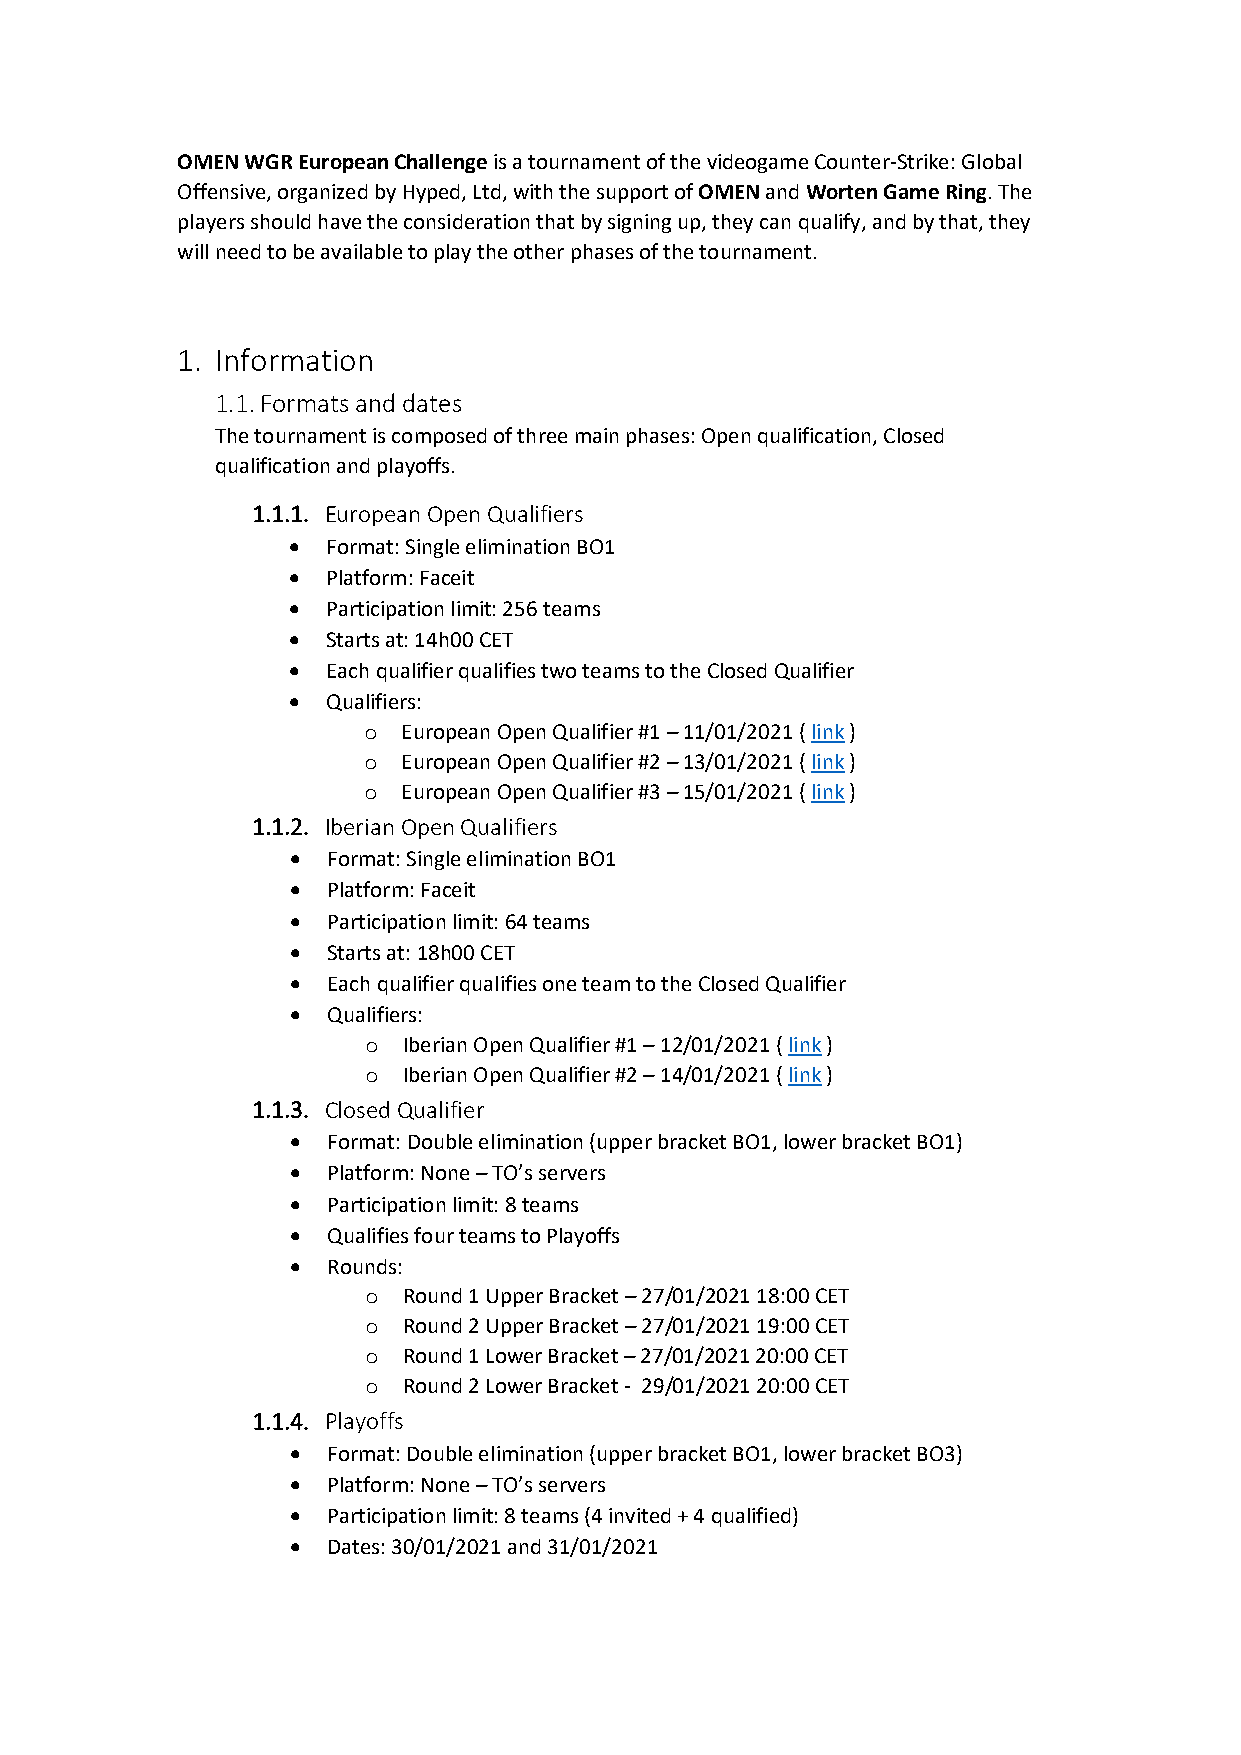
OMEN WGR European Challenge is a tournament of the videogame Counter-Strike: Global
 Offensive, organized by Hyped, Ltd, with the support of OMEN and Worten Game Ring. The
 players should have the consideration that by signing up, they can qualify, and by that, they
 will need to be available to play the other phases of the tournament.
 1. Information
 1.1. Formats and dates
 The tournament is composed of three main phases: Open qualification, Closed
 qualification and playoffs.
 1.1.1. European Open Qualifiers
 •  Format: Single elimination BO1
 •  Platform: Faceit
 •  Participation limit: 256 teams
 •  Starts at: 14h00 CET
 •  Each qualifier qualifies two teams to the Closed Qualifier
 •  Qualifiers:
 o  European Open Qualifier #1 – 11/01/2021 ( link )
 o  European Open Qualifier #2 – 13/01/2021 ( link )
 o  European Open Qualifier #3 – 15/01/2021 ( link )
 1.1.2. Iberian Open Qualifiers
 •  Format: Single elimination BO1
 •  Platform: Faceit
 •  Participation limit: 64 teams
 •  Starts at: 18h00 CET
 •  Each qualifier qualifies one team to the Closed Qualifier
 •  Qualifiers:
 o  Iberian Open Qualifier #1 – 12/01/2021 ( link )
 o  Iberian Open Qualifier #2 – 14/01/2021 ( link )
 1.1.3. Closed Qualifier
 •  Format: Double elimination (upper bracket BO1, lower bracket BO1)
 •  Platform: None – TO’s servers
 •  Participation limit: 8 teams
 •  Qualifies four teams to Playoffs
 •  Rounds:
 o  Round 1 Upper Bracket – 27/01/2021 18:00 CET
 o  Round 2 Upper Bracket – 27/01/2021 19:00 CET
 o  Round 1 Lower Bracket – 27/01/2021 20:00 CET
 o  Round 2 Lower Bracket - 29/01/2021 20:00 CET
 1.1.4. Playoffs
 •  Format: Double elimination (upper bracket BO1, lower bracket BO3)
 •  Platform: None – TO’s servers
 •  Participation limit: 8 teams (4 invited + 4 qualified)
 •  Dates: 30/01/2021 and 31/01/2021